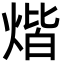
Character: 煯